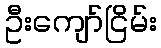
ဦးကျော်ငြိမ်း